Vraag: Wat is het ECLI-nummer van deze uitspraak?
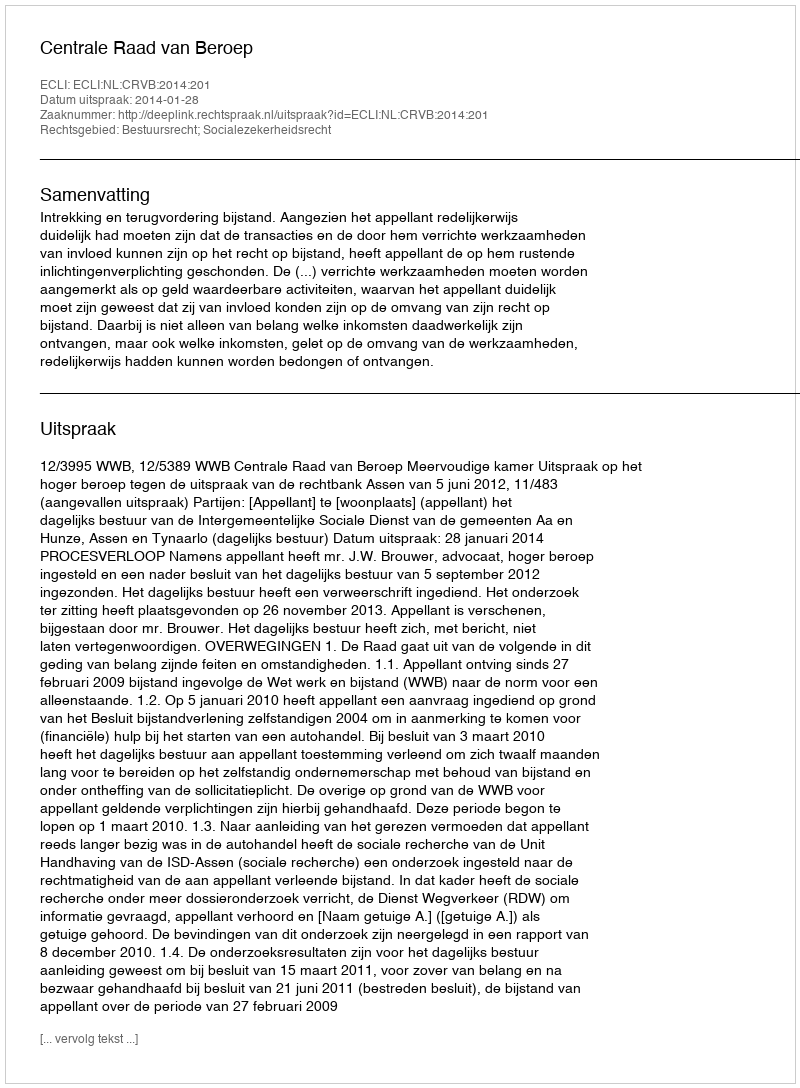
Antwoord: ECLI:NL:CRVB:2014:201